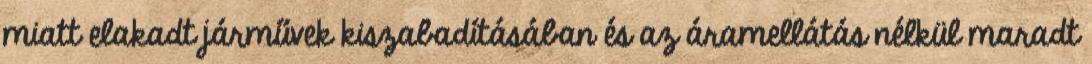
miatt elakadt járművek kiszabadításában és az áramellátás nélkül maradt